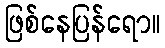
ဖြစ်နေပြန်ရော။